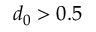
d _ { 0 } > 0 . 5